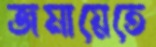
জমায়েতে